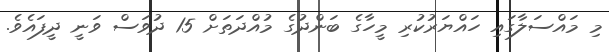
މި މައްސަލާގައި ހައްޔަރުކުރި މީހާގެ ބަންދުގެ މުއްދަތަށް 15 ދުވަސް ވަނީ ދީފައެވެ.